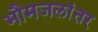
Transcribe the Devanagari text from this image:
भौमजलांतर